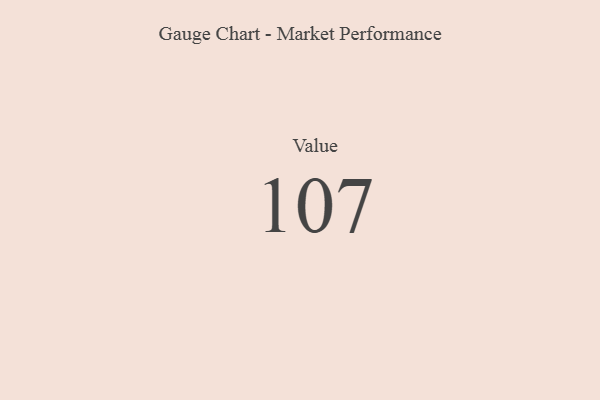
{"axis": {"x": "Metric", "y": "Value"}, "legend": [""], "data": [{"x": "Value", "y": 107, "type": ""}]}